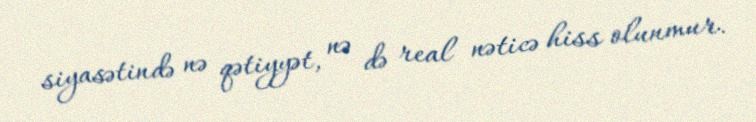
siyasətində nə qətiyyət, nə də real nəticə hiss olunmur.